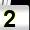
Digit: 2